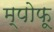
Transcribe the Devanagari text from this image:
म्पोफू